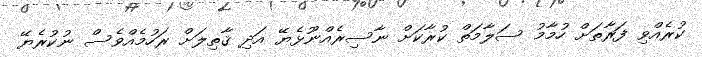
ކުރެއްވި ފަރާތަށް ހުމާމު ސަލާމަތް ކުރާކަށް ނާސިރެއްނޫޅެޔޭ އަދި ޤާތިލަށް ރަހުމެއްވެސް ނުކުރެޔޭ